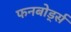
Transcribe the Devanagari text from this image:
फनबोर्ड्स